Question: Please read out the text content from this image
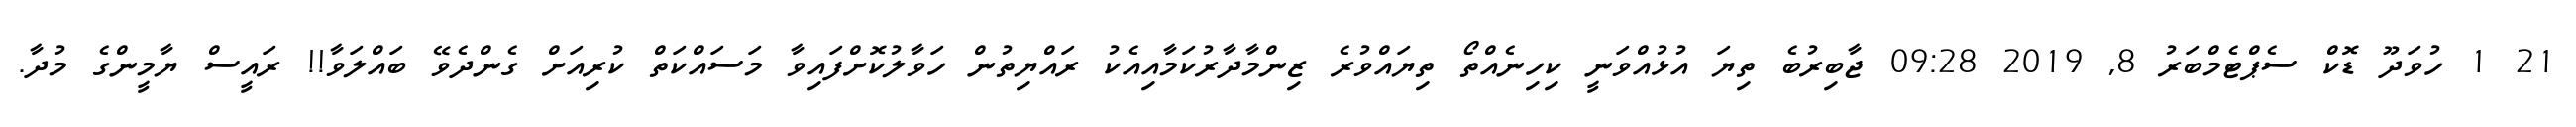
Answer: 21 1 ހުވަދޫ ޑޮކް ސެޕްޓެމްބަރު 8, 2019 09:28 ޖާބިރުބެ ތިޔަ އުޅުއްވަނީ ކިހިނެއްތޯ ތިޔައްވުރެ ޒިންމާދާރުކަމާއިއެކު ރައްޔިތުން ހަވާލުކޮށްފައިވާ މަސައްކަތް ކުރިއަށް ގެންދެވޭ ބައްލަވާ!! ރައީސް ޔާމީންގެ މުދާ.